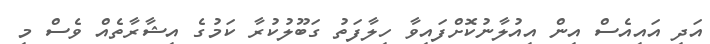
އަދި އައިއެސް އިން އިއުލާނުކޮށްފައިވާ ހިލާފަތު ގަބޫލުކުރާ ކަމުގެ އިޝާރާތެއް ވެސް މި